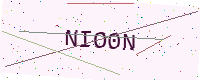
Text: NIO0N